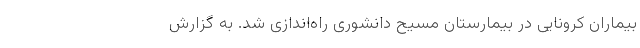
بیماران کرونایی در بیمارستان مسیح دانشوری راه‌اندازی شد. به گزارش